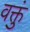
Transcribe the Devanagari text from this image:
वक्तुं